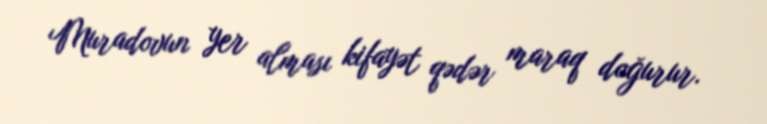
Muradovun yer alması kifayət qədər maraq doğurur.